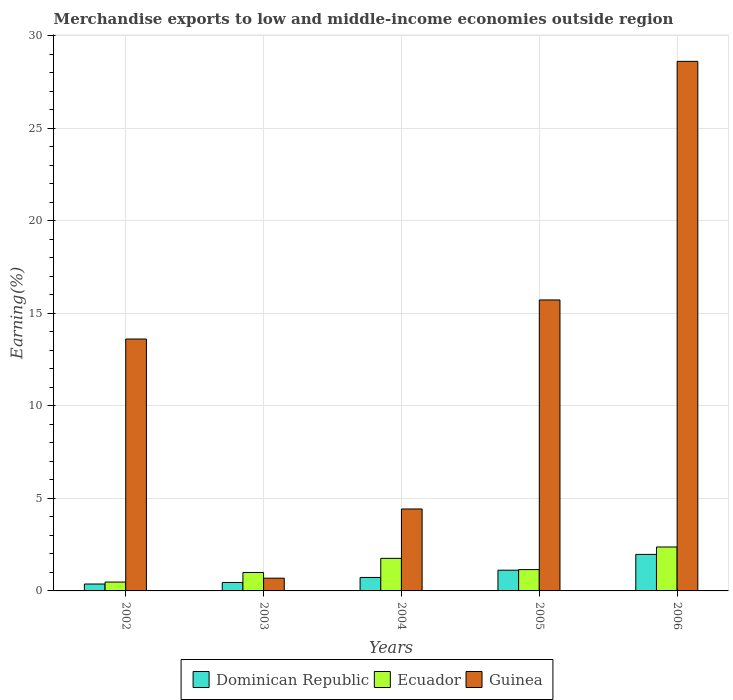
| Years | Dominican Republic | Ecuador | Guinea |
 | --- | --- | --- | --- |
 | 2002 | 0.373 | 0.479 | 13.6 |
 | 2003 | 0.457 | 0.997 | 0.689 |
 | 2004 | 0.728 | 1.76 | 4.43 |
 | 2005 | 1.12 | 1.15 | 15.7 |
 | 2006 | 1.97 | 2.37 | 28.6 |